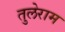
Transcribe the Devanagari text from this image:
तुलेराम